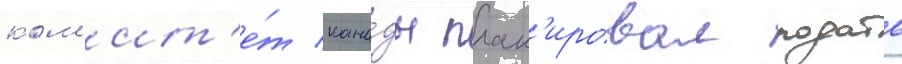
ком'ит'е́т кана́ды план'ировал подать